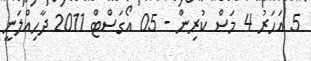
5 އަހަރު 4 މަސް ކުރިން - 05 އޯގަސްޓް 2011 ދާހިއްލަނީ